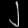
Digit: ၂